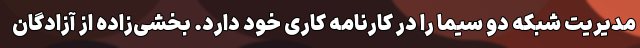
مدیریت شبکه دو سیما را در کارنامه کاری خود دارد. بخشی‌زاده از آزادگان